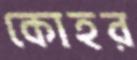
কোহর